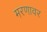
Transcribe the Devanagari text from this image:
मरणावर